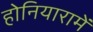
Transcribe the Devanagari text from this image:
होनियारामें